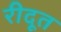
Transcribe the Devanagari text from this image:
रीदूत